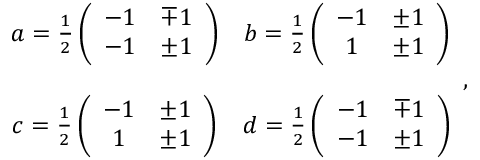
\begin{array} { c c } { { a = \frac { 1 } { 2 } \left( \begin{array} { c c } { { - 1 } } & { { \mp 1 } } \\ { { - 1 } } & { { \pm 1 } } \end{array} \right) } } & { { b = \frac { 1 } { 2 } \left( \begin{array} { c c } { { - 1 } } & { { \pm 1 } } \\ { { 1 } } & { { \pm 1 } } \end{array} \right) } } \\ { { } } & { { } } \\ { { c = \frac { 1 } { 2 } \left( \begin{array} { c c } { { - 1 } } & { { \pm 1 } } \\ { { 1 } } & { { \pm 1 } } \end{array} \right) } } & { { d = \frac { 1 } { 2 } \left( \begin{array} { c c } { { - 1 } } & { { \mp 1 } } \\ { { - 1 } } & { { \pm 1 } } \end{array} \right) } } \end{array} ,